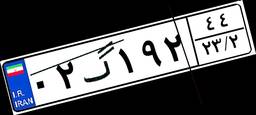
۱۸گ۲۱۳۱۷